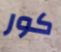
كور